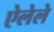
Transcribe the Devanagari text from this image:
ऐलेले